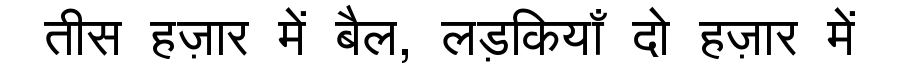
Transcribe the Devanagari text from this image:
तीस हज़ार में बैल, लड़कियाँ दो हज़ार में